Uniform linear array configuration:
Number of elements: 64
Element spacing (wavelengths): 0.25
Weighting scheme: kaiser
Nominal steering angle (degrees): -60
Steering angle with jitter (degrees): -59.91
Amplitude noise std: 0.05
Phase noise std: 0.05

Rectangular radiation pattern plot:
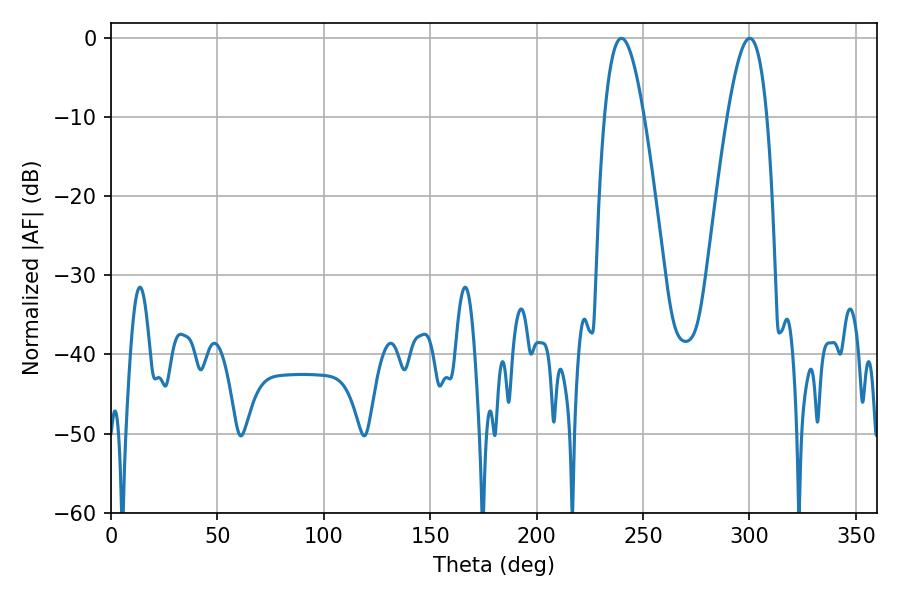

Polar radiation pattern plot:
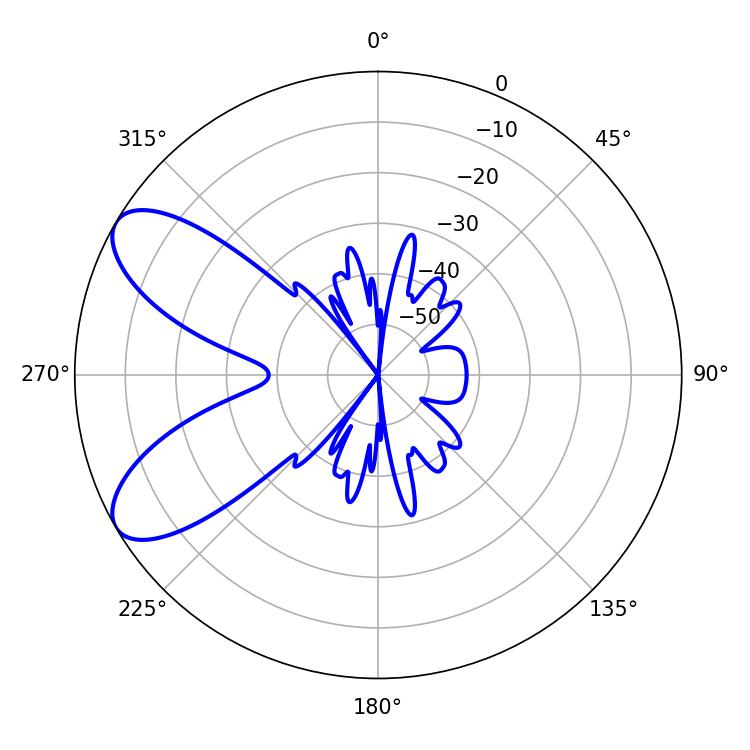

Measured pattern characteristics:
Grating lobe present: FALSE
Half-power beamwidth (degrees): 10.08
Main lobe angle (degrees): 239.94